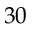
3 0